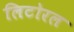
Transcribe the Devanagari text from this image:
लिटोरल